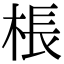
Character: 棖